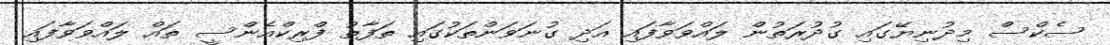
ސެކްސް މިދުނިޔޭގައި ގުދުރަތުން ލައްވަވާފައި އަދި ގުނަވަންތަކުގައި ތަފާތު ފްރިކްއެންސީ ތައް ލައްވަވާފައި